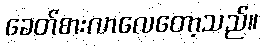
ခေတ်စားလာလေတော့သည်။